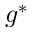
g ^ { * }